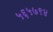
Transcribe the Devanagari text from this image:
५६५७९४